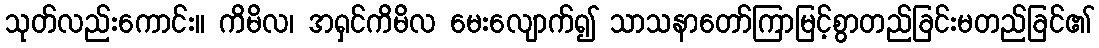
သုတ်လည်းကောင်း။ ကိမိလ၊ အရှင်ကိမိလ မေးလျောက်၍ သာသနာတော်ကြာမြင့်စွာတည်ခြင်းမတည်ခြင်၏